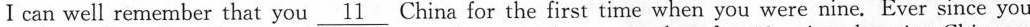
I can well remember that you \underline{11} China for the first time when you were nine,Ever since you